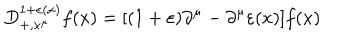
D _ { + , x ^ { \mu } } ^ { 1 + \varepsilon ( x ) } f ( x ) = [ ( 1 + \varepsilon ) \partial ^ { \mu } - \partial ^ { \mu } \varepsilon ( x ) ] f ( x )